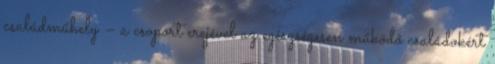
családműhely – a csoport erejével az egészségesen működő családokért